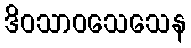
ဒိဝသာဝသေသေန